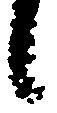
候